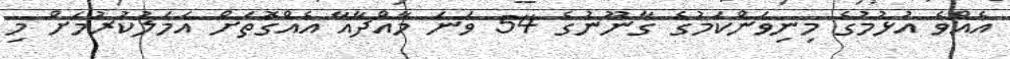
އެއްވެ އުޅުމުގެ މިނިވަންކަމުގެ ގާނޫނުގެ 54 ވަނަ މާއްދާއާ އެއްގޮތަށް އަމަލުކުރުމަށް މި